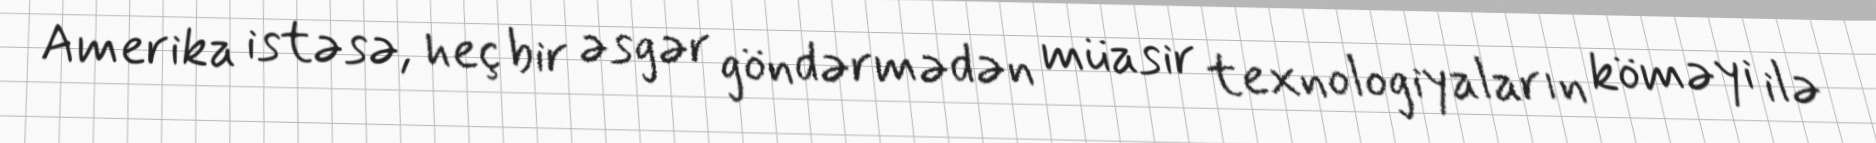
Amerika istəsə, heç bir əsgər göndərmədən müasir texnologiyaların köməyi ilə